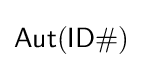
{\mathsf {Aut(ID\#)}}